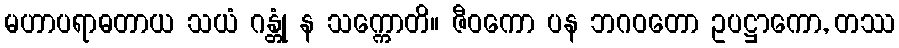
မဟာပရာဓတာယ သယံ ဂန္တုံ န သက္ကောတိ။ ဇီဝကော ပန ဘဂဝတော ဥပဋ္ဌာကော, တဿ